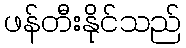
ဖန်တီးနိုင်သည်